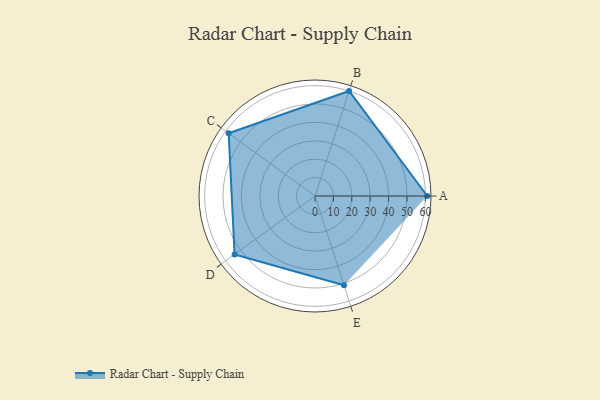
{"axis": {"x": "Skill", "y": "Score"}, "legend": ["Profile"], "data": [{"x": "A", "y": 61.0, "type": "Profile"}, {"x": "B", "y": 60.0, "type": "Profile"}, {"x": "C", "y": 58.0, "type": "Profile"}, {"x": "D", "y": 54.0, "type": "Profile"}, {"x": "E", "y": 51.0, "type": "Profile"}]}